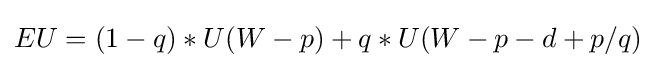
EU=(1-q)*U(W-p)+q*U(W-p-d+p/q)